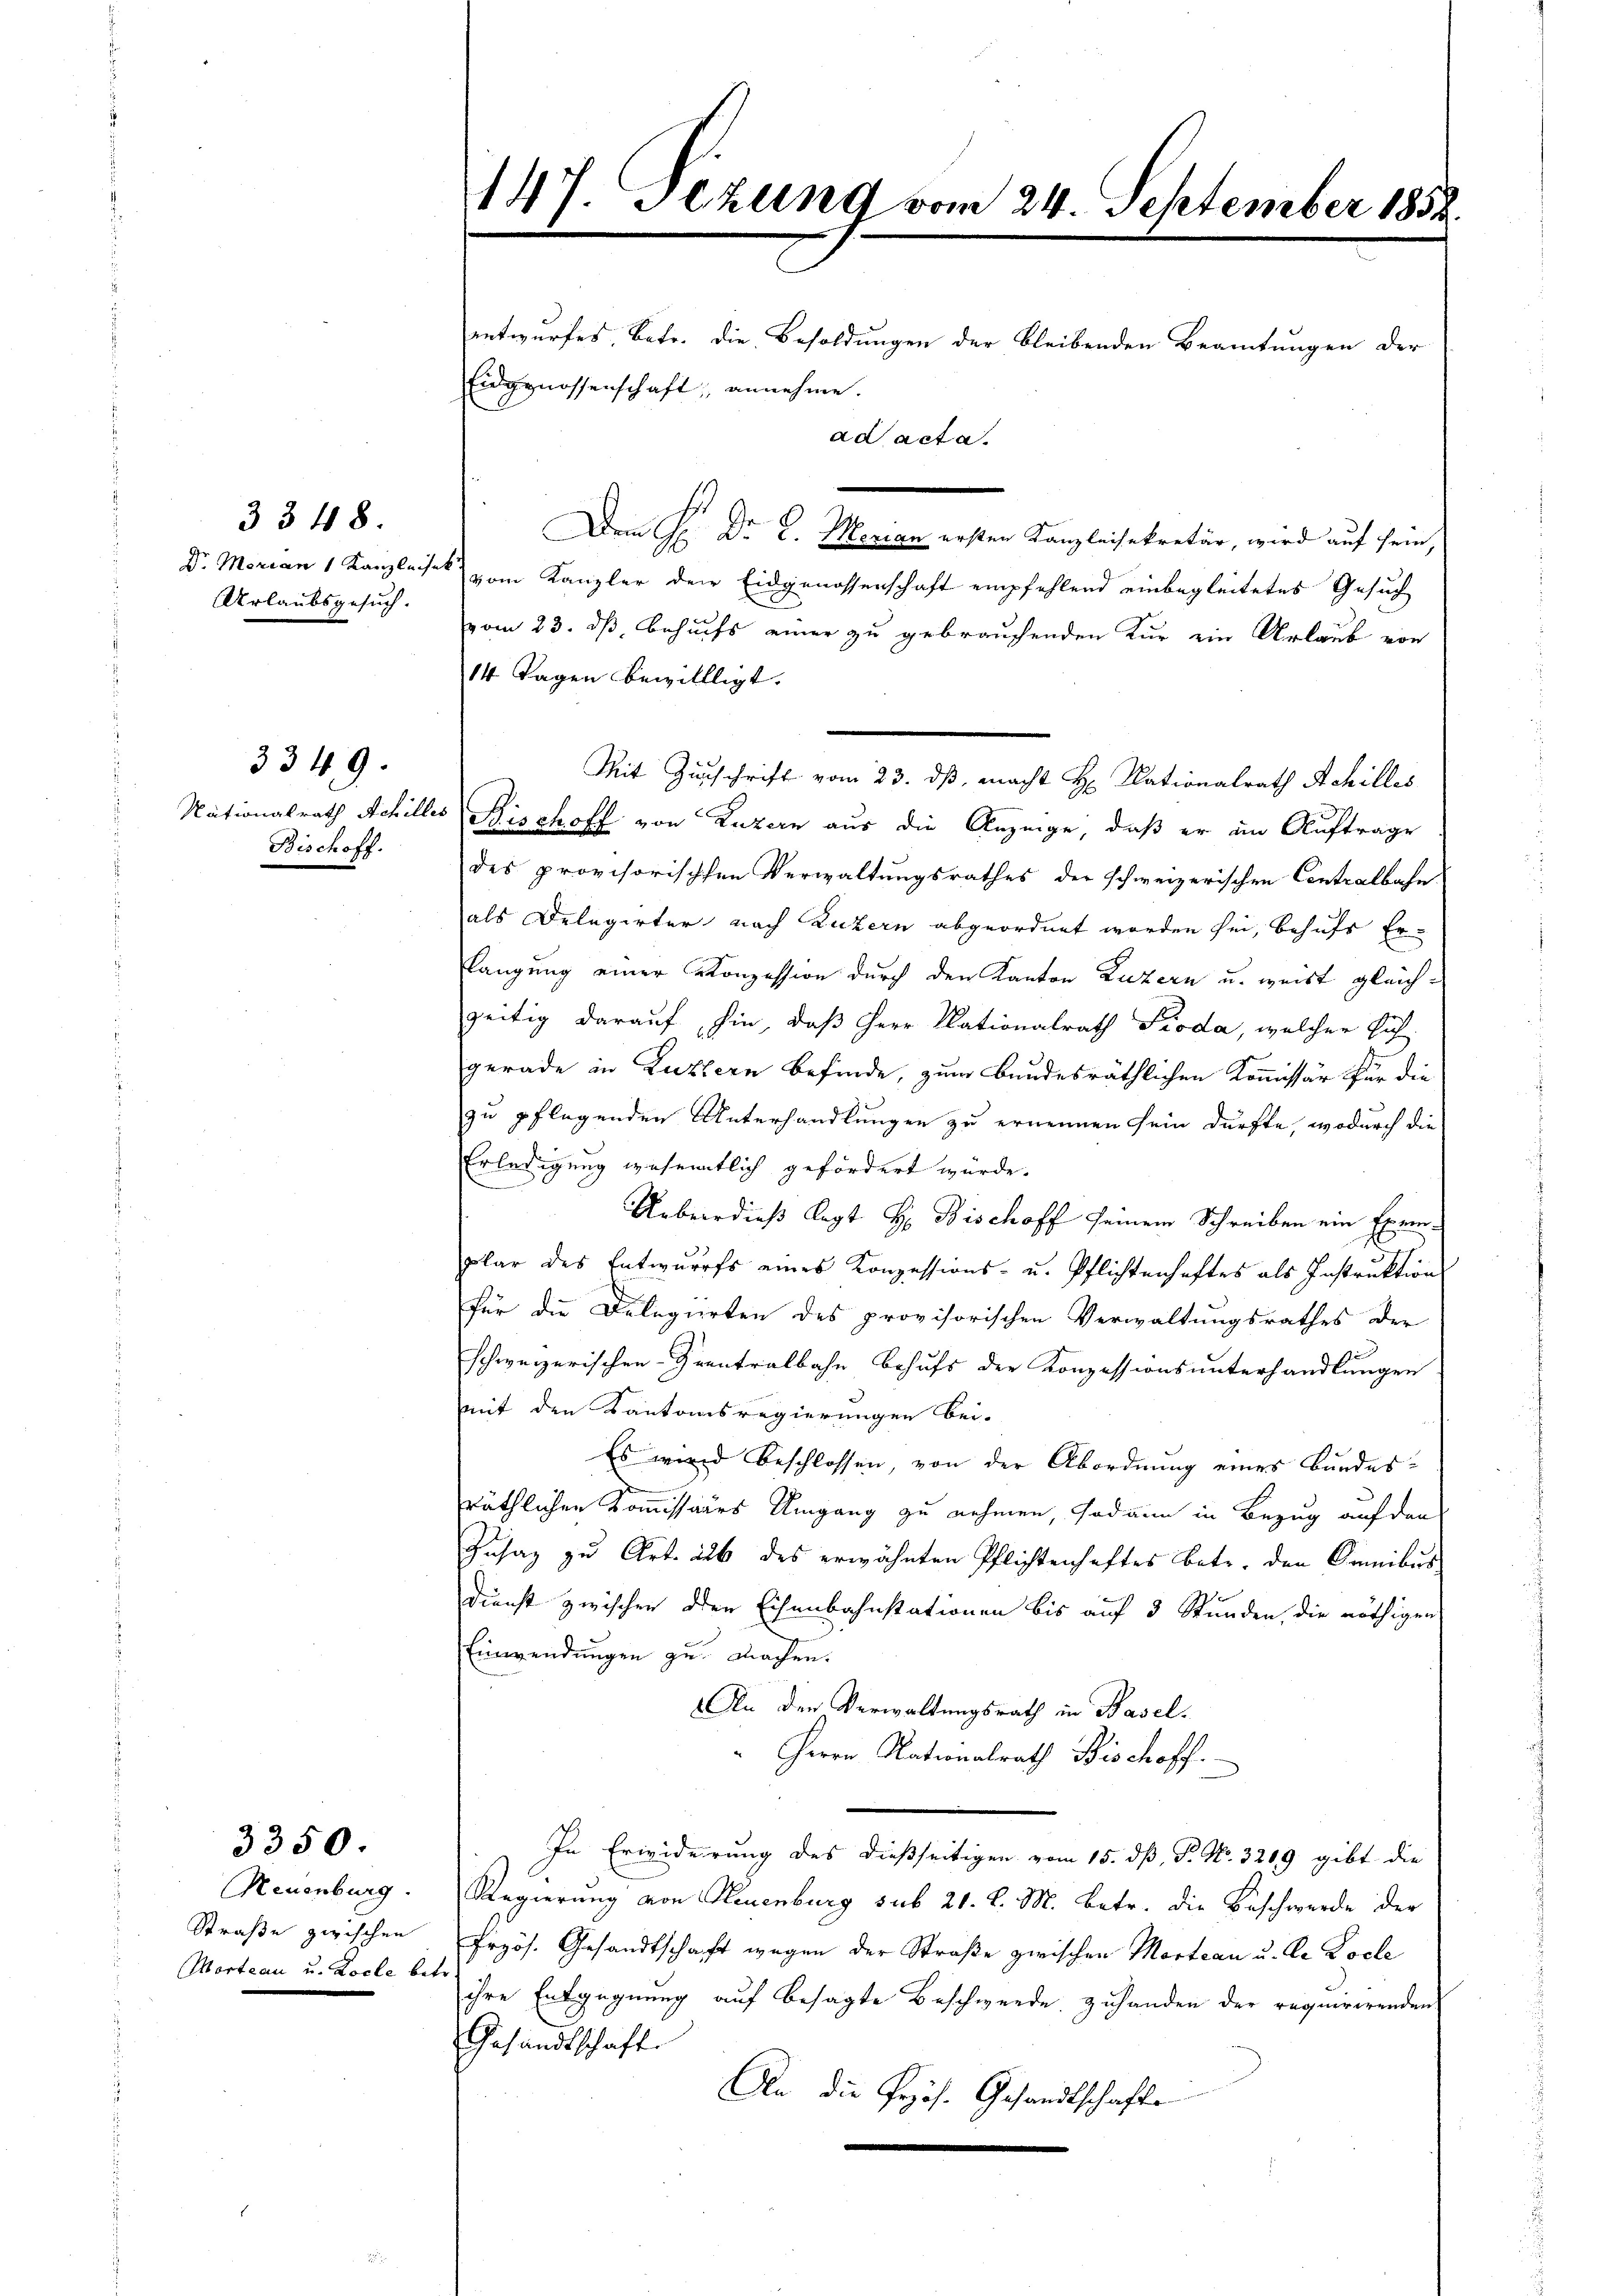
Urlaubsgesuch.

3348.

Bischoff.

3349.

3350.

Neuenburg.
Straße zwischen
Morteau u. Locle bes

147. Jezung vom 24. September 1858

entwurfes, betr. die Besoldungen der bleibenden Beamtungen der

Eidgenossenschaft, annehme.
ad acta.

Dem H. Dr. L. Merian ersten Kanzleisekretär, wird auf sein,
Dr. Marian 1 Kanzleise vom Kanzler der Eidgenossenschaft empfehlend einbegleitetes Gesuch
vom 23. ds Behufs einer zu gebrauchenden Kur ein Urlaub von
14 Tagen bewillligt.
Mit Zuschrift vom 23. ds, macht H. Nationalrath Schilles
Nationalrath Achilles Fischoff von Luzern aus die Anzeige, daß er im Auftrage
des provisorischen Verwaltungsrathes der schweizerischen Contralbahn.
als Delegirter nach Luzern abgeordnet worden sei, behufs Er-
langung einer Konzession durch den Kanton Luzern u. weist gleichzeitig darauf hin, daß Herr Nationalrath Pioda, welcher sich
gerade in Luzern befinde, zum Bundesräthlichen Kommissär für die
zu pflegenden Unterhandlungen zu ernennen sein dürfte, wodurch die
Erledigung wesentlich gefördert würde.
Unbeerdieß legt Hr. Bischoff seinem Schreiben ein Exemplar des Entwurfs eines Konzessions- u. Pflichtenhaftes als Instruktion
für die Delegierten des provisorischen Verwaltungsrathes der
schweizerischen Grentralbahn behufs der Konzessionsunterhandlungen
mit den Kantonsregierungen bei.
Es wird beschlossen, von der Abordnung eines Bundesräthlichen Kommissairs Umgang zu nehmen, sodann in Bezug auf den
Gusaz zu Art. als des erwähnten Pflichtenhaftes betr. den Kemnibus
Dienst zwischen den Eisenbahnstationen bis auf 3 Stunden, die nöthigen
Einwendungen zu machen.
An der Verwaltungsrath in Basel.
Herrn Nationalrath Bischoff
In Erwiderung des dießseitigen vom 15. dß, P. Nr. 3209 gibt die
Regierung von Neuenburg sub 21. d. M. betr. die Beschwerde der
Frzös. Gesandtschaft wegen der Straße zwischen Mortian u. Dr Locle
ihre Entgegnung auf besagte Beschwerde zuhanden der requirirenden
Gesandtschaft.
An die Prof. Gesandtschafte